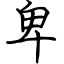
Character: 卑